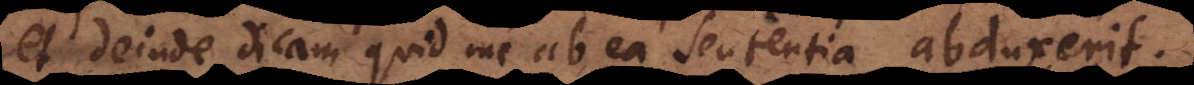
et deinde dicam quid me ab ea sententia abduxerit.